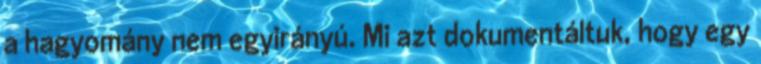
a hagyomány nem egyirányú. Mi azt dokumentáltuk, hogy egy